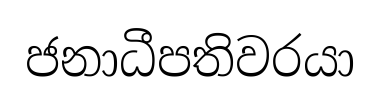
ජනාධීපතිවරයා